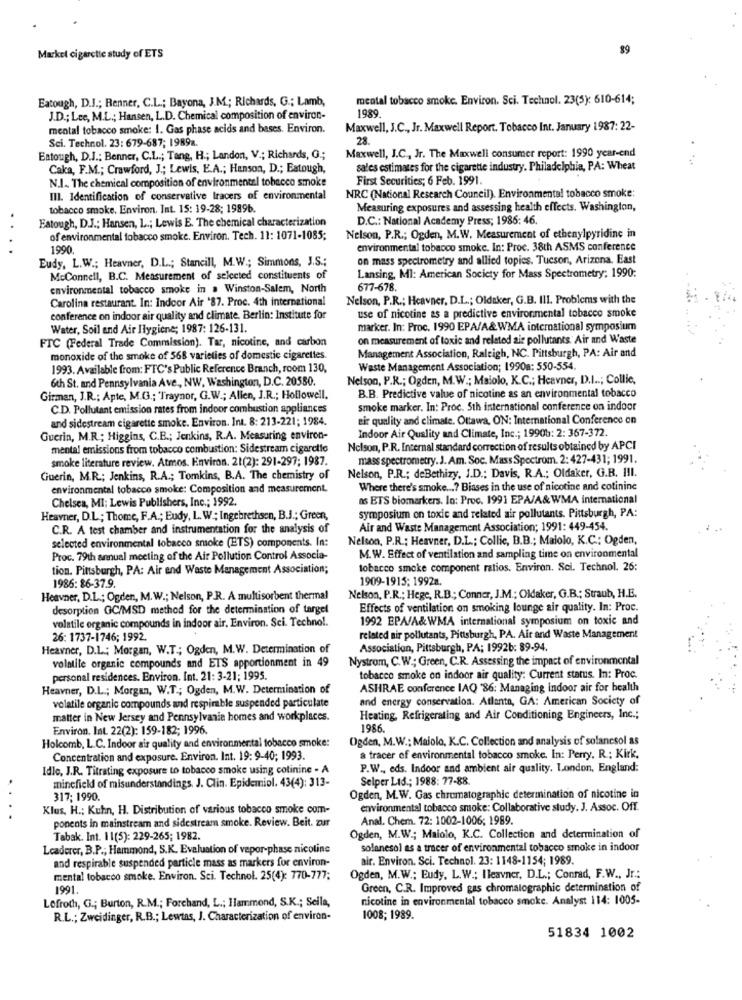
89
Market cigarette study of ETS
Eatough, D.J .; Renner, C.L .; Bayona, J.M .; Richards, G .; Lamb,
mental tobacco smoke. Environ. Sci. Technol. 23(5): 610-614;
1989.
J.D .; Lee, M.L .; Hansen, L.D. Chemical composition of environ-
mental tobacco smoke: 1. Gas phase acids and bases. Environ.
Maxwell, J.C ., Jr. Maxwell Report. Tobacco Int. January 1987: 22-
Sci. Technol. 23: 679-687; 1989a.
28.
Eatough, D.J .: Benner, C.L .; Tang, H .; Landon, V .; Richards, O .;
Maxwell, J.C ., Jr. The Maxwell consumer report: 1990 year-end
Caka, F.M .; Crawford, J .; Lewis, E.A .; Hanson, D .; Eatough,
sales estimates for the cigarette industry. Philadelphia, PA: Wheat
N.I. The chemical composition of environmental tobacco smoke
First Securities; 6 Feb. 1991.
III. Identification of conservative tracers of environmental
NRC (National Research Council). Environmental tobacco smoke:
tobacco smoke. Environ. Int. 15: 19-28; 19896.
Measuring exposures and assessing health effects. Washington,
.
Eatough, D.J .; Hansen, L .; Lewis E. The chemical characterization
D.C .: National Academy Press; 1986: 46.
of environmental tobacco smoke. Environ. Tech. 11: 1071-1085;
Nelson, P.R .; Ogden, M.W. Measurement of ethenylpyridine in
1990
environmental tobacco smoke. In: Proc. 38th ASMS conference
Eudy, L.W .; Heavner, D.L .; Stancill, M.W .; Simmons, J.S .;
on mass spectrometry and allied topics. Tucson, Arizona. East
McConnell, B.C. Measurement of selected constituents of
Lansing, MI: American Society for Mass Spectrometry: 1990:
environmental tobacco smoke in . Winston-Salem, North
677-678.
Carolina restaurant. In: Indoor Air '87. Proc. 4th international
Nelson, P.R .; Heavner, D.L .; Oldaker, G.B. III. Problems with the
conference on indoor air quality and climate. Berlin: Institute for
use of nicotine as a predictive environmental tobacco smoke
Water, Soil and Air Ilygiene; 1987: 126-131.
marker. In: Proc. 1990 EPA/A&WMA international symposium
FTC (Federal Trade Commission). Tar, nicotine, and carbon
on measurement of toxic and related air pollutants. Air and Waste
Management Association, Raleigh, NC. Pittsburgh, PA: Air and
monoxide of the smoke of 568 varieties of domestic cigarettes.
1993. Available from: FTC's Public Reference Branch, room 130,
Waste Management Association; 1990a: 550-554
6th St. and Pennsylvania Ave ,, NW, Washington, D.C. 20550.
Nelson, P.R .; Ogden, M.W .; Maiolo, K.C .; Heavner, D.I ..; Collie,
Girman, J.R .: Apte, M.G .; 'Traynor, G.W .; Allen, J.R .; Hollowell.
B.B. Predictive value of nicotine as an environmental tobacco
C.D. Pollutant emission rates from indoor combustion appliances
smoke marker. In: Proc. Sth international conference on indoor
and sidestream cigarette smoke. Environ. Int. 8: 213-221; 1984.
eir quality and climate. Ottawa, ON: International Conference on
Indoor Air Quality and Climate, Inc .; 19908: 2: 367-372.
Guerin, M.R .; Higgins, C.B .; Jenkins, R.A. Measuring environ-
mental emissions from tobacco combustion: Sidestream cigarette
Nelson, P.R. Internal standard correction of results obtained by APCI
smoke literature review. Atmos. Environ. 21(2): 291-297; 1987.
mass spectrometry. J. Am. Soc. Mass Spectrom. 2: 427-431; 1991.
Nelson, P.R .; deBethizy, J.D .; Davis, R.A .; Oldaker, G.R. I!I.
Guerin, M.R .; Jenkins, R.A .; Tomkins, B.A. The chemistry of
environmental tobacco smoke: Composition and measurement.
Where there's smoke ...? Biases in the use of nicotine and cotinine
Chelsea, MI: Lewis Publishers, Inc .; 1992.
as ETS biomarkers. In: Proc. 1991 EPA/A& WMA international
Heavner, D.L; Thome, F.A .; Eudy, L. W .; Ingebrethsen, B.J .; Green,
symposium on toxic and related air pollutants. Pittsburgh, PA:
C.R. A test chamber and instrumentation for the analysis of
Air and Waste Management Association; 1991: 449-454.
selected environmental tobacco smoke (ETS) components. In:
Nelson, P.R .; Heavner, D.L .; Collic, B.B .; Maiolo, K.C .; Ogden,
Proc. 79th annual meeting of the Air Pollution Control Associa-
M.W. Effect of ventilation and sampling time on environmental
tion. Pittsburgh, PA: Air and Waste Management Association;
tobacco smoke component ratios. Environ. Sci. Technol. 26:
1909-1915; 19928.
1986: 86-37.9.
Heavner, D.L .; Ogden, M.W .; Nelson, P.R. A multisorbent thermal
Nelson, P.R .; Hege, R.B .; Conner, J.M .; Oldaker, G.B .; Straub, H.E.
desorption GC/MSD method for the determination of targel
Effects of ventilation on smoking lounge air quality. In: Proc.
volatile organic compounds in indoor air. Environ. Sci. Techno !.
1992 EPA/A&WMA international symposium on toxic and
26: 1737-1746; 1992.
related air pollutants, Pittsburgh, PA. Air and Waste Management
Heavner, D.L .; Morgan, W.T .; Ogden, M.W. Determination of
Association, Pittsburgh, PA; 1992b: 89-94.
volatile organic compounds and ETS apportionment in 49
Nystrom, C.W .; Green, C.R. Assessing the impact of environmental
personal residences. Environ. Int. 21: 3-21; 1995
tobacco smoke on indoor air quality: Current status. In: Proc.
Heavner, D.L .; Morgan, W.T .; Ogden, M.W. Determination of
ASHRAE conference IAQ '86: Managing indoor air for health
and energy conservation. Atlanta, GA: American Society of
volatile organic compounds and respirable suspended particulate
matter in New Jersey and Pennsylvania homes and workplaces.
Heating, Refrigerating and Air Conditioning Engineers, Inc .;
Environ. Int. 22(2): 159-182; 1996.
1986.
Ogden, M.W .: Maiolo, K.C. Collection and analysis of solancsol as
Holcomb, L.C. Indoor air quality and environmental tobacco smoke:
Concentration and exposure. Environ. Int. 19: 9-40; 1993.
a tracer of environmental tobacco smoke. In: Perry. R .: Kirk,
Idle, J.R. Titrating exposure to tobacco smoke using colinine - A
P.W ., eds. Indoor and ambient air quality. London, England:
minefield of misunderstandings. J. Clin. Epidemiol. 43(4): 313-
Selper Ltd .; 1988: 77-88
.
317; 1990.
Ogden, M.W. Gas chromatographic determination of nicotine in
Klus, H .; Kuhn, H. Distribution of various tobacco smoke com-
environmental tobacco smoke: Collaborative study. J. Assoc. Off.
..
ponents in mainstream and sidestream smoke. Review. Beit. zur
Anal. Chem. 72: 1002-1006; 1989.
Tabak. Int. 11(5): 229-265; 1982.
Ogden, M.W .; Maiolo, K.C. Collection and determination of
Leaderer, B.P .; Hammond, S.K. Evaluation of vepor-phase nicotine
solanesol as a tracer of environmental tobacco smoke in indoor
air. Environ. Sci. Technol. 23: 1148-1154; 1989.
and respirable suspended particle mass as markers for environ-
mental tobacco smoke. Environ. Sci. Technol. 25(4): 770-777;
Ogden, M.W .; Eudy, L.W .; Ileavner, D.L .; Conrad, F.W ., Jr .:
1991.
Green, C.R. Improved gas chromatographic determination of
Lofroth, G .; Burton, R.M .; Forchand, L .; Ilammond, S.K .; Sella,
nicotine in environmental tobacco smoke. Analyst 114: 1005-
R.L .; Zweidinger, R.B .; Lewtas, J. Characterization of environ-
1008; 1989.
51834 1002